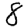
Digit: 8